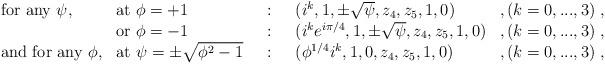
LaTeX: \begin{align*}\begin{array}{lllll}\mbox{for any $\psi$,}& \mbox{at }\phi=+1 &~:~ & (i^k,1,\pm\sqrt{\psi},z_4,z_5,1,0)& ,(k=0,...,3)~,\\& \mbox{or }\phi=-1 &~:~ & (i^k e^{i\pi/4},1,\pm \sqrt{\psi},z_4,z_5,1,0)&,(k=0,...,3)~,\\\mbox{and for any $\phi$,}& \mbox{at }\psi=\pm \sqrt{\phi^2-1} &~:~ &(\phi^{1/4}i^k,1,0,z_4,z_5,1,0)& ,(k=0,...,3)~,\end{array}\end{align*}